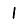
Digit: 1